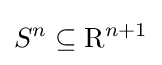
S^{n}\subseteq \mathrm {R} ^{n+1}